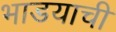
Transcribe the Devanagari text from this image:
भाडयाची